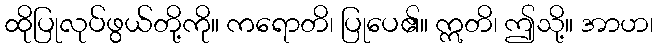
ထိုပြုလုပ်ဖွယ်တို့ကို။ ကရောတိ၊ ပြုပေ၏။ ဣတိ၊ ဤသို့။ အာဟ၊